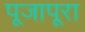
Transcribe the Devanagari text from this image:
पूजापूरा